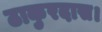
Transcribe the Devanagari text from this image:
ठाकुरदास।